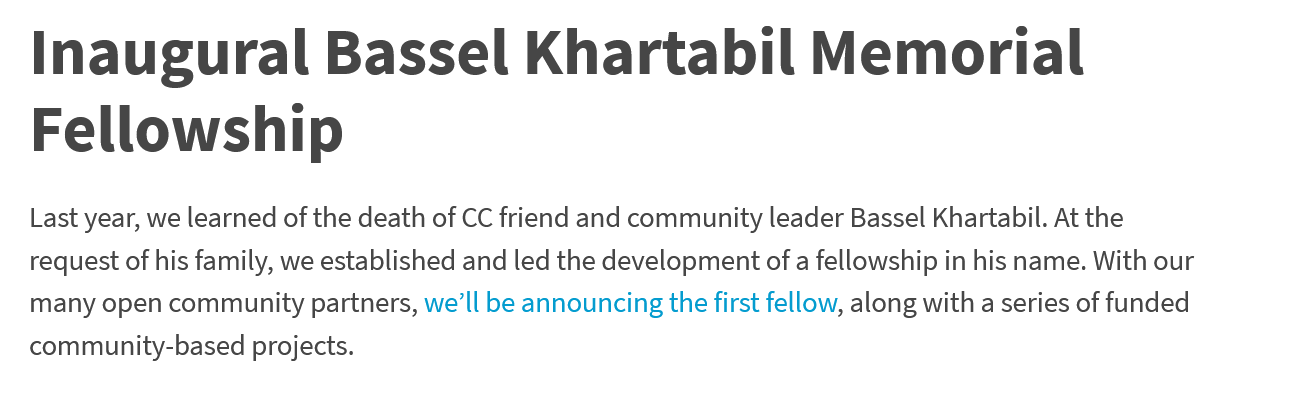
Inaugural    Bassel    Khartabil    Memorial
   Fellowship
   Last year, we learned of the death of CC friend and community leader Bassel Khartabil. At the
   request of his family, we established and led the development of a fellowship in his name. With our
   many open community partners, we'll be announcing the first fellow, along with a series of funded
   community-based projects.